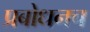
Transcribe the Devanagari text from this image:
प्रबोधनच